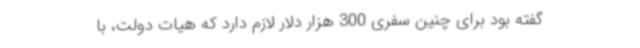
گفته بود برای چنین سفری 300 هزار دلار لازم دارد که هیات دولت، با